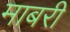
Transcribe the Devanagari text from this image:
माबरी